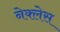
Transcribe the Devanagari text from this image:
नेक्लेस